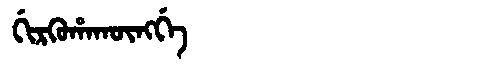
Manchu: ᡤᡳᡵᡴᡠᡥᠠᡴᡡᠩᡤᡝ
Romanization: GIRKUHAKŪNGGE